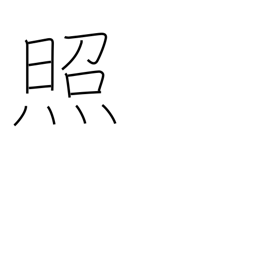
Meaning: shine